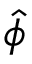
\hat { \phi }